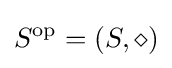
S^{\operatorname {op} }=(S,\diamond )